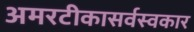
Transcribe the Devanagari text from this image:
अमरटीकासर्वस्वकार